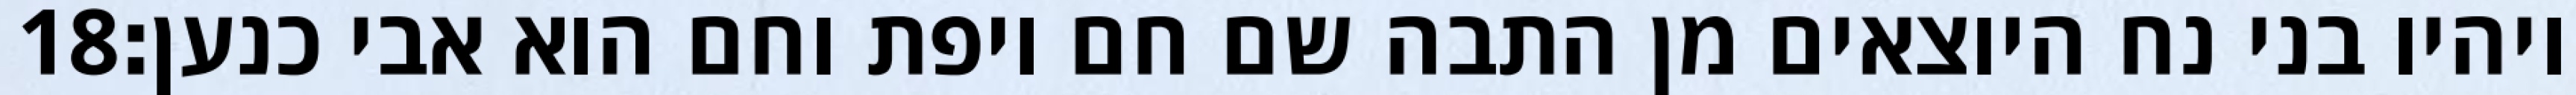
‎18‏ ויהיו בני נח היוצאים מן התבה שם חם ויפת וחם הוא אבי כנען׃